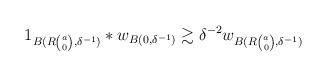
LaTeX: \begin{align*}1_{B(R\binom{a}{0}, \delta^{-1})} \ast w_{B(0, \delta^{-1})} \gtrsim \delta^{-2}w_{B(R\binom{a}{0}, \delta^{-1})}\end{align*}